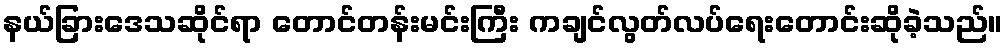
နယ်ခြားဒေသဆိုင်ရာ တောင်တန်းမင်းကြီး ကချင်လွတ်လပ်ရေးတောင်းဆိုခဲ့သည်။